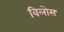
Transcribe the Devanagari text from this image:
विलोस